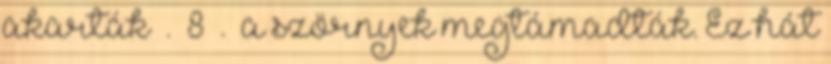
akarták . 8 . a szörnyek megtámadták. Ez hát